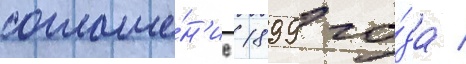
соглаше́н'ие 1899 го́да /